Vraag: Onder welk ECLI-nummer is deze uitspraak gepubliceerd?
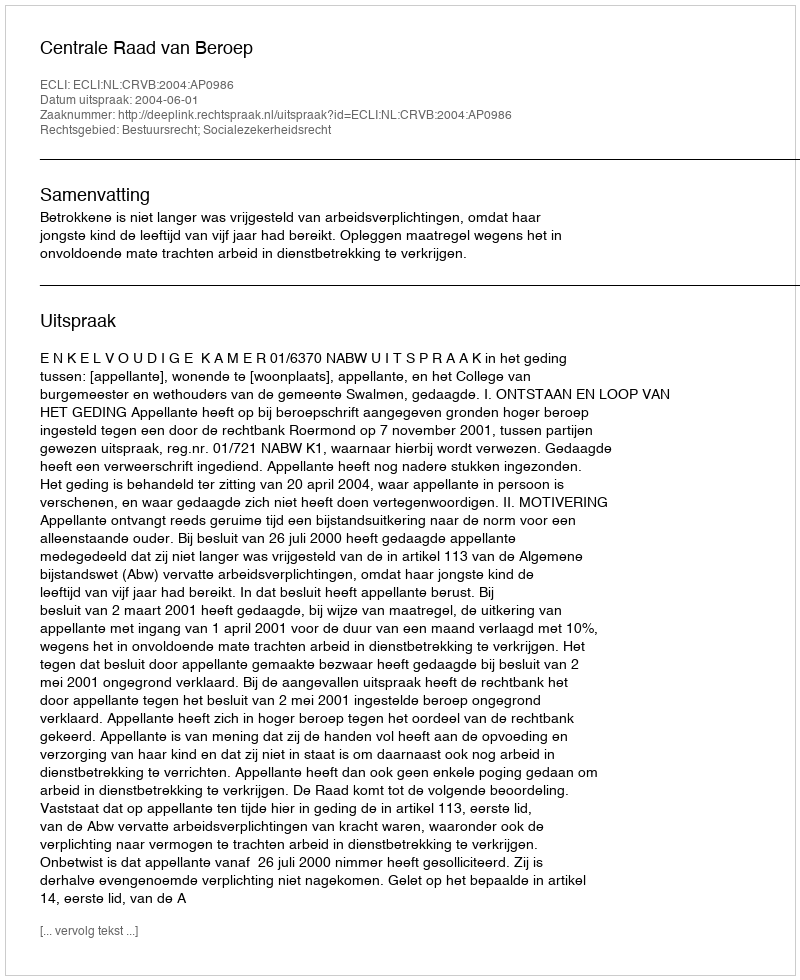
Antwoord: ECLI:NL:CRVB:2004:AP0986